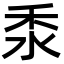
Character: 𥝸